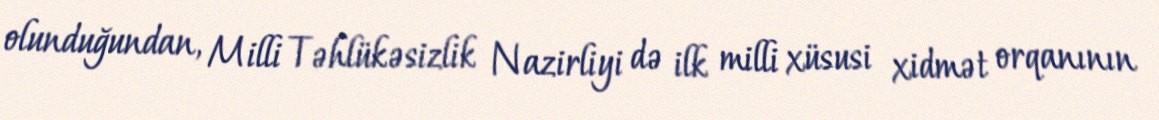
olunduğundan, Milli Təhlükəsizlik Nazirliyi də ilk milli xüsusi xidmət orqanının